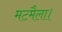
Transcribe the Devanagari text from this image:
मटमैला।